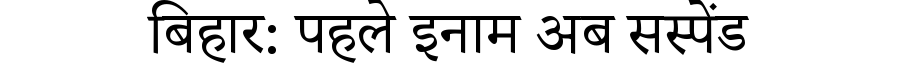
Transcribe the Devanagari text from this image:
बिहार: पहले इनाम अब सस्पेंड